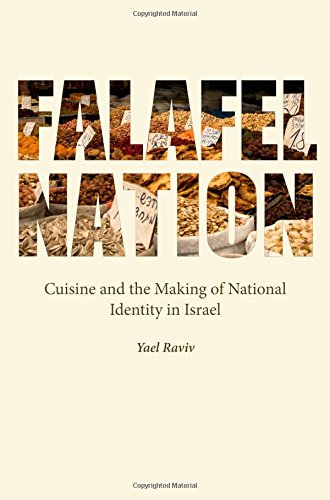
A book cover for Falafel Nation: Cuisine and the Making of National Identity in Israel (Studies of Jews in Society); Yael Raviv; Cookbooks, Food & Wine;